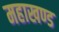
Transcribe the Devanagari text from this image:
महाखण्ड